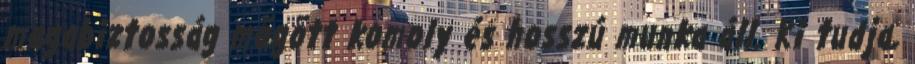
magabiztosság mögött komoly és hosszú munka áll. Ki tudja,